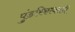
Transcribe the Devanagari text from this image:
पुंडरिकावल्ली